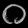
Digit: ၀